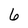
Character: 6